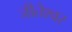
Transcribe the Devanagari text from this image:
जीतेश्वर